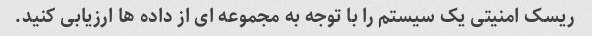
ریسک امنیتی یک سیستم را با توجه به مجموعه ای از داده ها ارزیابی کنید.